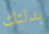
بدلتك